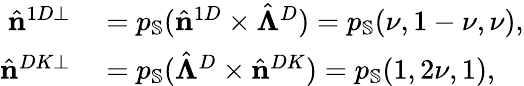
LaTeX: \begin{array}{rl}{\hat{\mathbf{n}}^{1D\perp}}&{{}=p_{\mathbb{S}}(\hat{\mathbf{n}}^{1D}\times\hat{\boldsymbol{\Lambda}}^{D})=p_{\mathbb{S}}(\nu,1-\nu,\nu),}\\ {\hat{\mathbf{n}}^{DK\perp}}&{{}=p_{\mathbb{S}}(\hat{\boldsymbol{\Lambda}}^{D}\times\hat{\mathbf{n}}^{DK})=p_{\mathbb{S}}(1,2\nu,1),}\end{array}